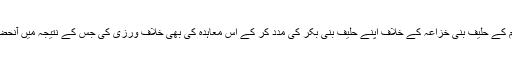
معلوم ہوتا ہے کہ اسی دوران میں قریش نے آنحضرت صلی اللہ علیہ وسلم کے حلیف بنی خزاعہ کے خلاف اپنے حلیف بنی بکر کی مدد کر کے اس معاہدہ کی بھی خلاف ورزی کی جس کے نتیجہ میں آنحضرت صلی اللہ علیہ وسلم نے مکہ پر فوج کشی کی اور اس کو فتح کر لیا۔